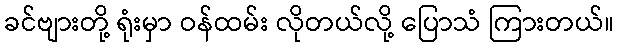
ခင်ဗျားတို့ ရုံးမှာ ဝန်ထမ်း လိုတယ်လို့ ပြောသံ ကြားတယ်။